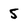
Character: 5